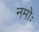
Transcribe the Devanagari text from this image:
नमोः